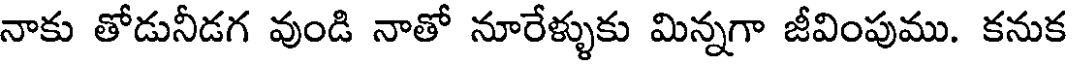
నాకు తోడునీడగ వుండి నాతో నూరేళ్ళుకు మిన్నగా జీవింపుము. కనుక